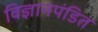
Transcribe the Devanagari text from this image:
विज्ञानपंडित